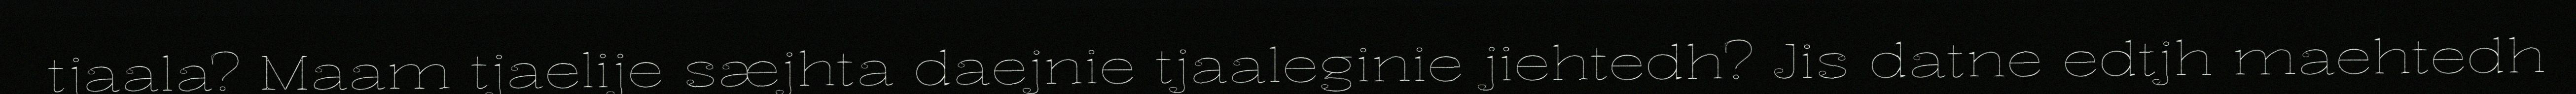
tjaala? Maam tjaelije sæjhta daejnie tjaaleginie jiehtedh? Jis datne edtjh maehtedh